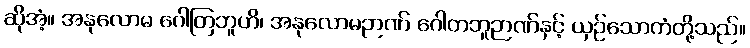
ဆိုအံ့။ အနုလောမ ဂေါတြဘူဟိ၊ အနုလောမဉာဏ် ဂေါတဘူဉာဏ်နှင့် ယှဉ်သောကံတို့သည်။